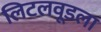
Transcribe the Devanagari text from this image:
लिटलवूडला